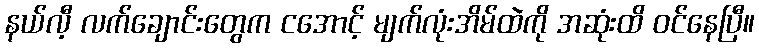
နယ်လီ့ လက်ချောင်းတွေက ငအောင့် မျက်လုံးအိမ်ထဲကို အဆုံးထိ ဝင်နေပြီ။